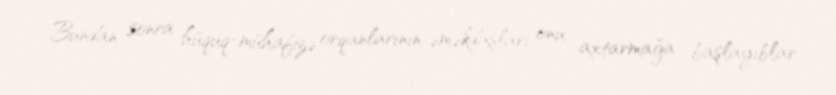
Bundan sonra hüquq-mühafizə orqanlarının əməkdaşları onu axtarmağa başlayıblar